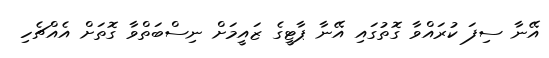
އޭނާ ސިފަ ކުރައްވާ ގޮތުގައި އޭނާ ޕާޓީގެ ޒައީމަށް ނިސްބަތްވާ ގޮތަށް އެއްޗެހި